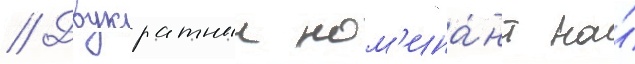
// Двукратныи ном'ина́нт на́